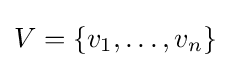
V=\{v_{1},\dots ,v_{n}\}